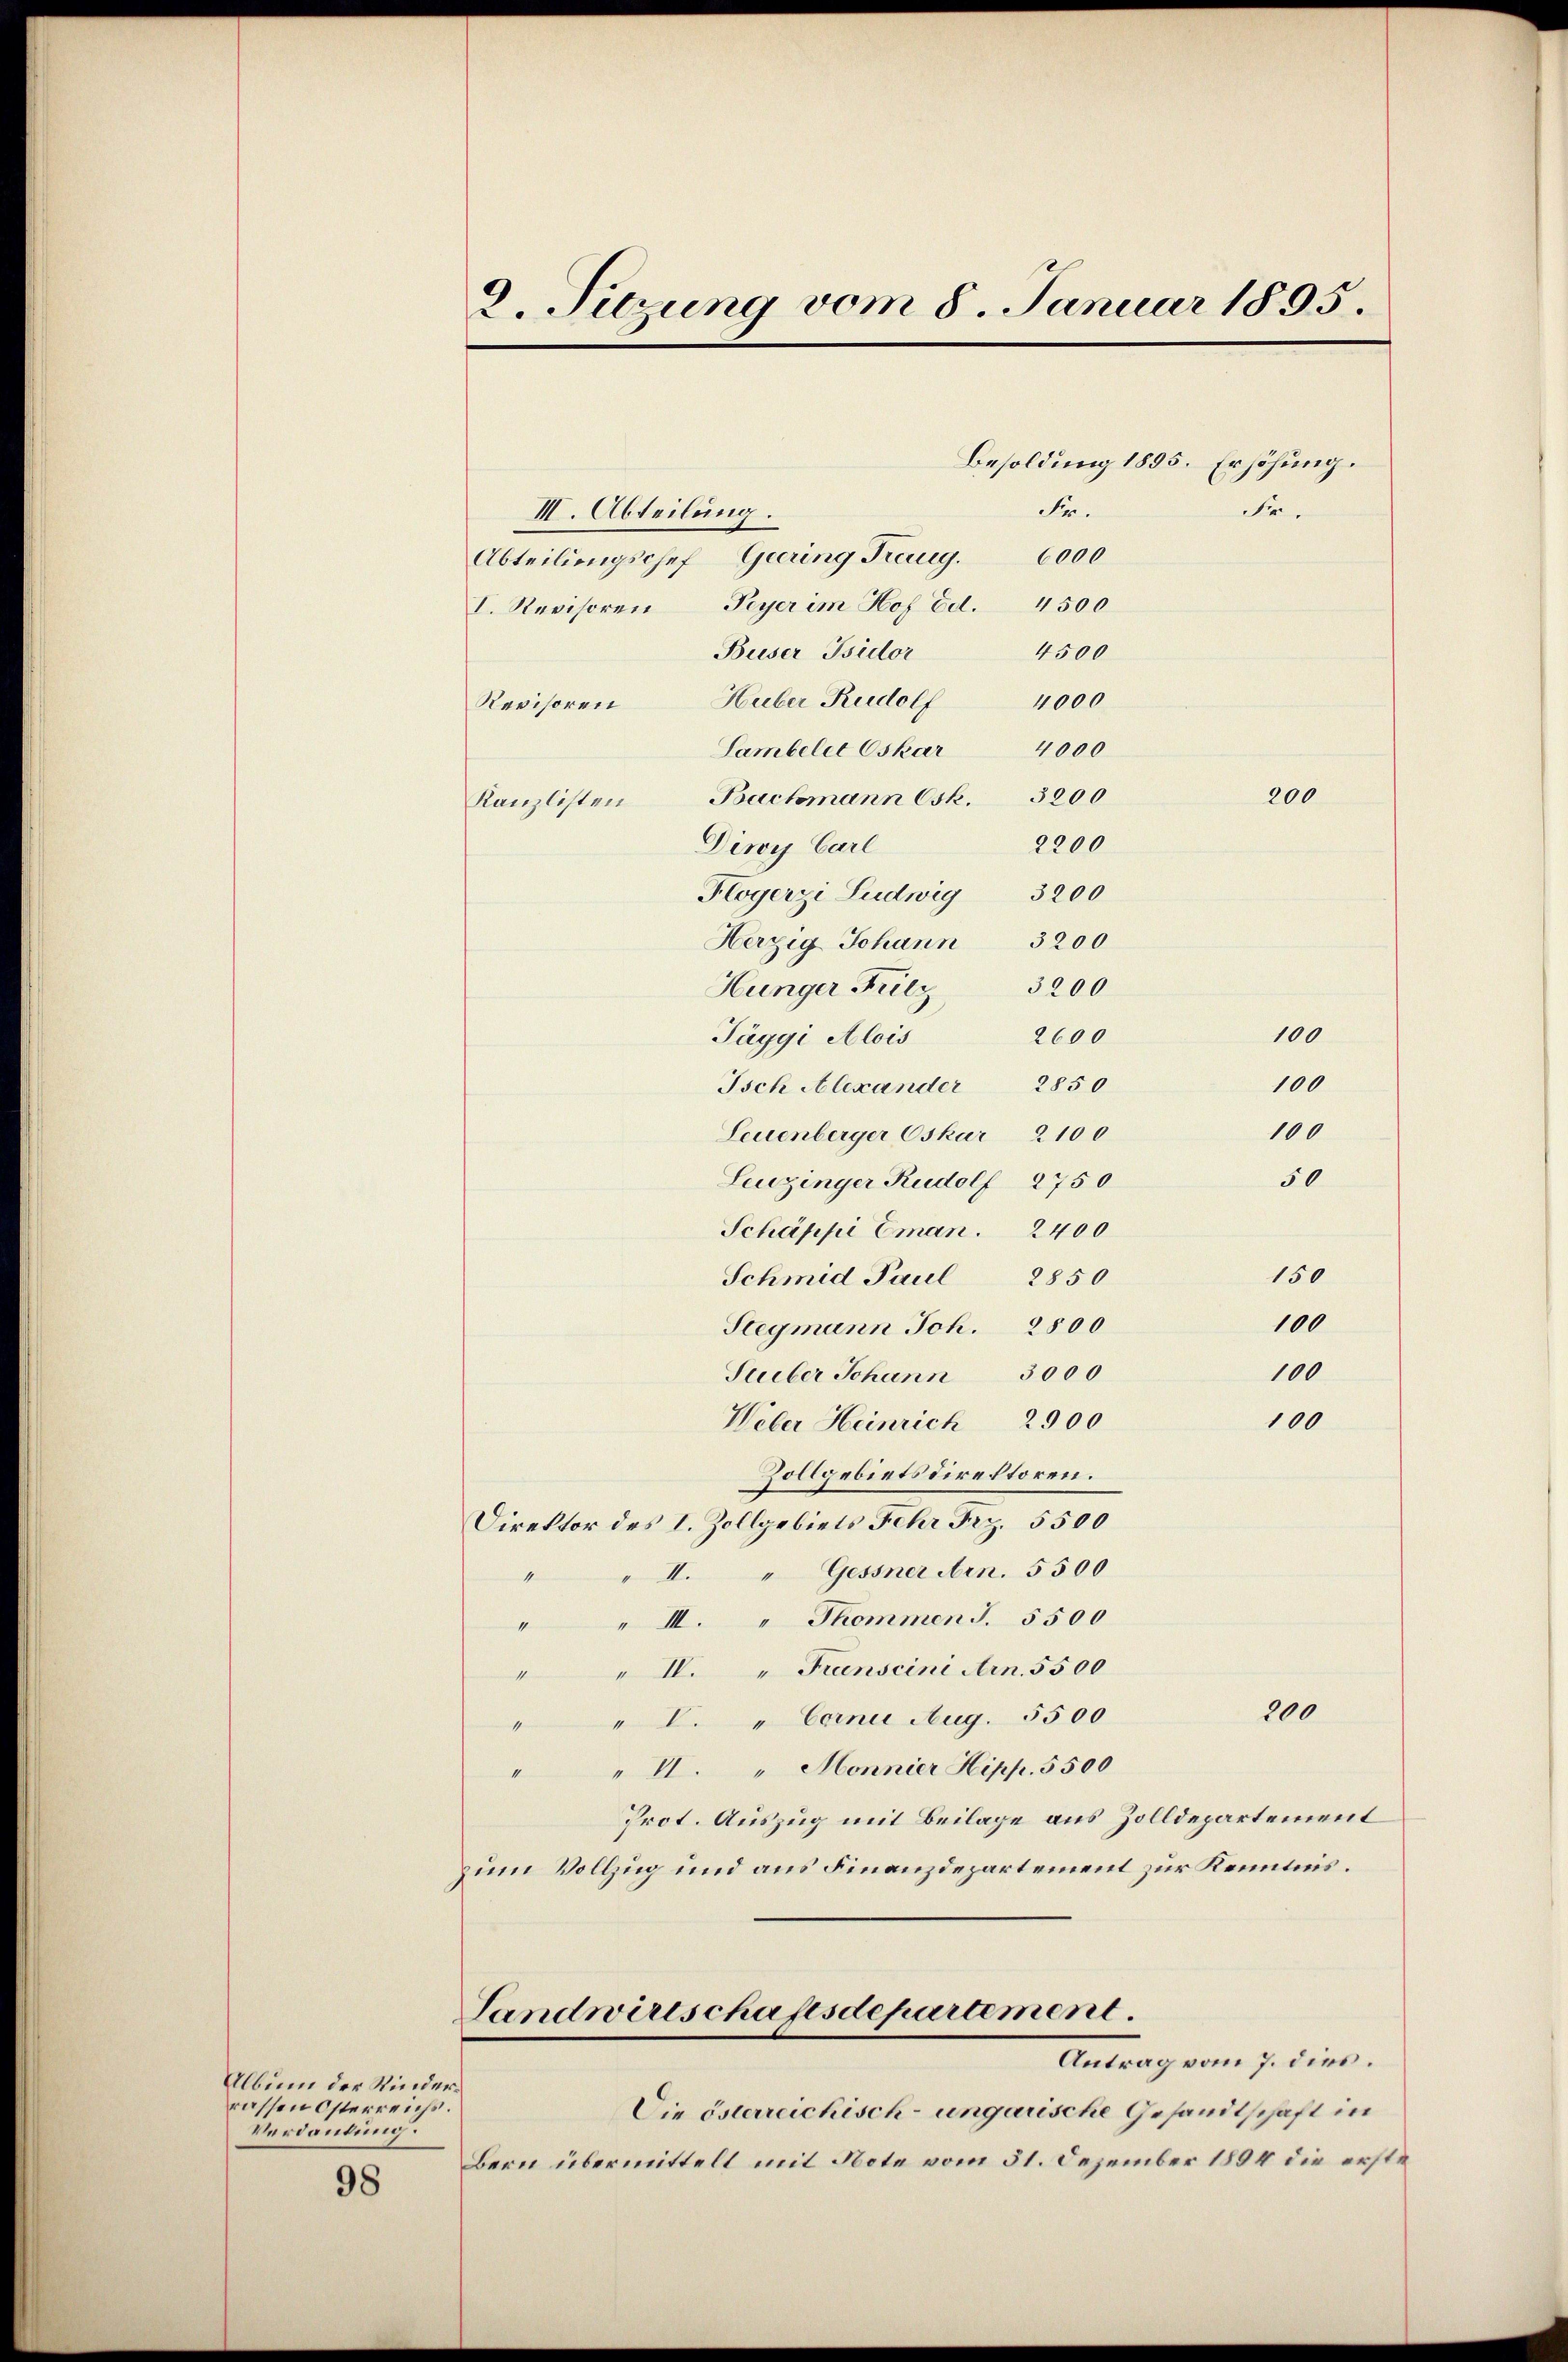
Verdankung.

II. Abteilung.
Abteilungschef Geering Kaug. 6000
Huber Rudolf 4000
Lambelet Oskar 4000
Bachmann Csk. 3200
Flogerzi Ludwig 3200
Herzig Johann 3200
Hunger Frilz 3200
100
2600
100
Isch Alexander 2850
100
Leuenberger Oskar 2100
50
Leuzinger Rudolf 2750
Schäppi Eman. 2400
150
Schmid Paul 2850
100
Stegmann Joh. 2800
100
Seiber Johann 3000
100
Weber Heinrich 2900
Zollgebietsdirektoren.
Direktor des I. Zollgebiets Fehr Frz. 5500
II. " Gessner Arn. 5500
4
" " III. Thommen S. 5500
" " IV. " Franscini Arn. 5500
200
"" V. " Corne Aug. 5500
" " II. „ Monnier Hipp. 5500
Prot. Auszug mit Beilage aus Zolldepartement
zum Vollzug und aus Finanzdepartement zur Kenntnis.
Landwirtschaftsdepartement.
Antrag vom 7. dies.
Album der Rinderrassen Österreichs.
Die österreichisch-ungarische Gesandtschaft in
Bern übermittelt mit Note vom 51. Dezember 1894 die erste
98

2. Sitzung vom 8. Januar 1895.

I. Revisoren Peyer im Hof Ed. 4500
Buser Bsidor
Revisoren
Kanzlisten
Diwoy Carl
Täggi Alois

Fr.
4500
2200

Besoldung 1895. Erhöhung.
Fr.

200